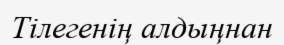
Тілегенің алдыңнан